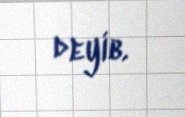
deyib.